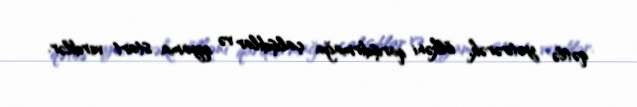
qətlə yetirərək, ölkəni qarışdırmağa çalışdılar və qiyama start verdilər.